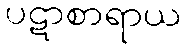
ပဋာစာရာယ